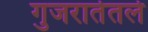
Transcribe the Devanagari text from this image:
गुजरातेतले